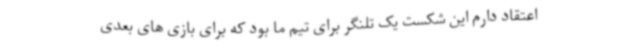
اعتقاد دارم این شکست یک تلنگر برای تیم ما بود که برای بازی های بعدی